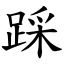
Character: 踩